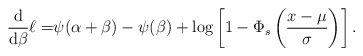
\begin{align*}\frac{\mathrm{d}}{\mathrm{d}\beta}\ell=&\psi(\alpha+\beta) - \psi(\beta) +\log\left[1-\Phi_s\left(\frac{x-\mu}{\sigma}\right)\right].\end{align*}